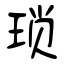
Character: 琐